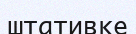
штативке